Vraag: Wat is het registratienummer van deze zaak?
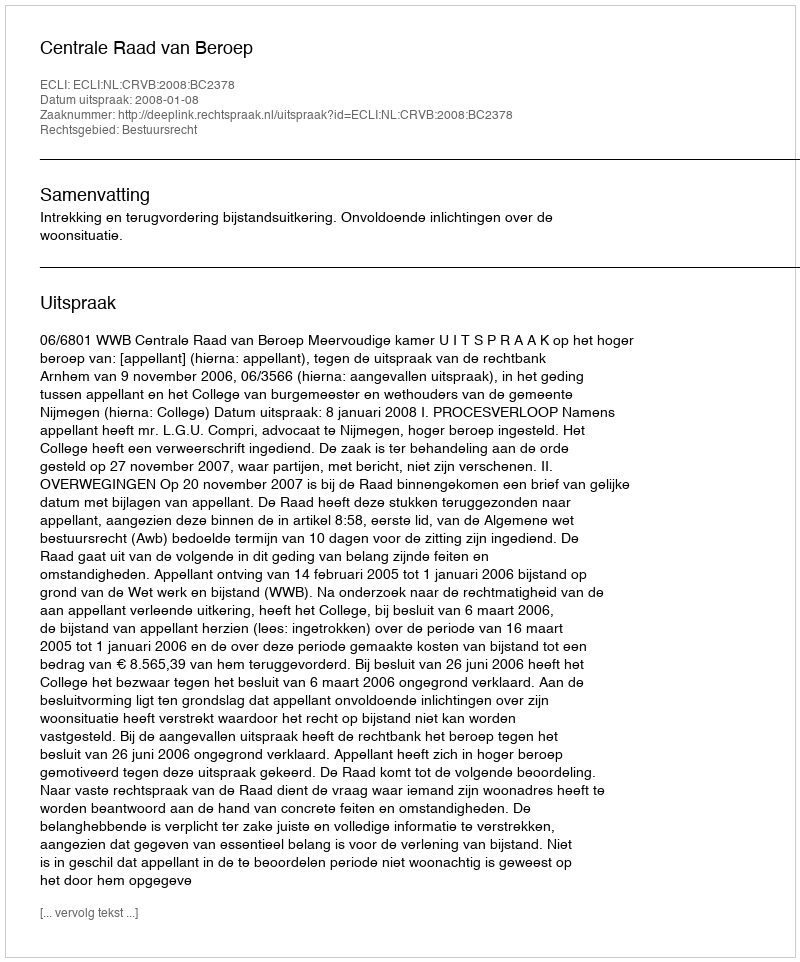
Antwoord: http://deeplink.rechtspraak.nl/uitspraak?id=ECLI:NL:CRVB:2008:BC2378